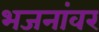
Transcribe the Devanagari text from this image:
भजनांवर